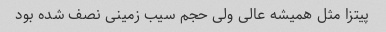
پیتزا مثل همیشه عالی ولی حجم سیب زمینی نصف شده بود